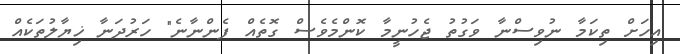
އިހަށް ތިކަމާ ނުވިސްނާ ވަގުތު ޖެހުނީމާ ކޮންމެވެސް ގޮތެއް ފެންނާނެ" ހަރުދަނާ ޚިޔާލުތަކެއް